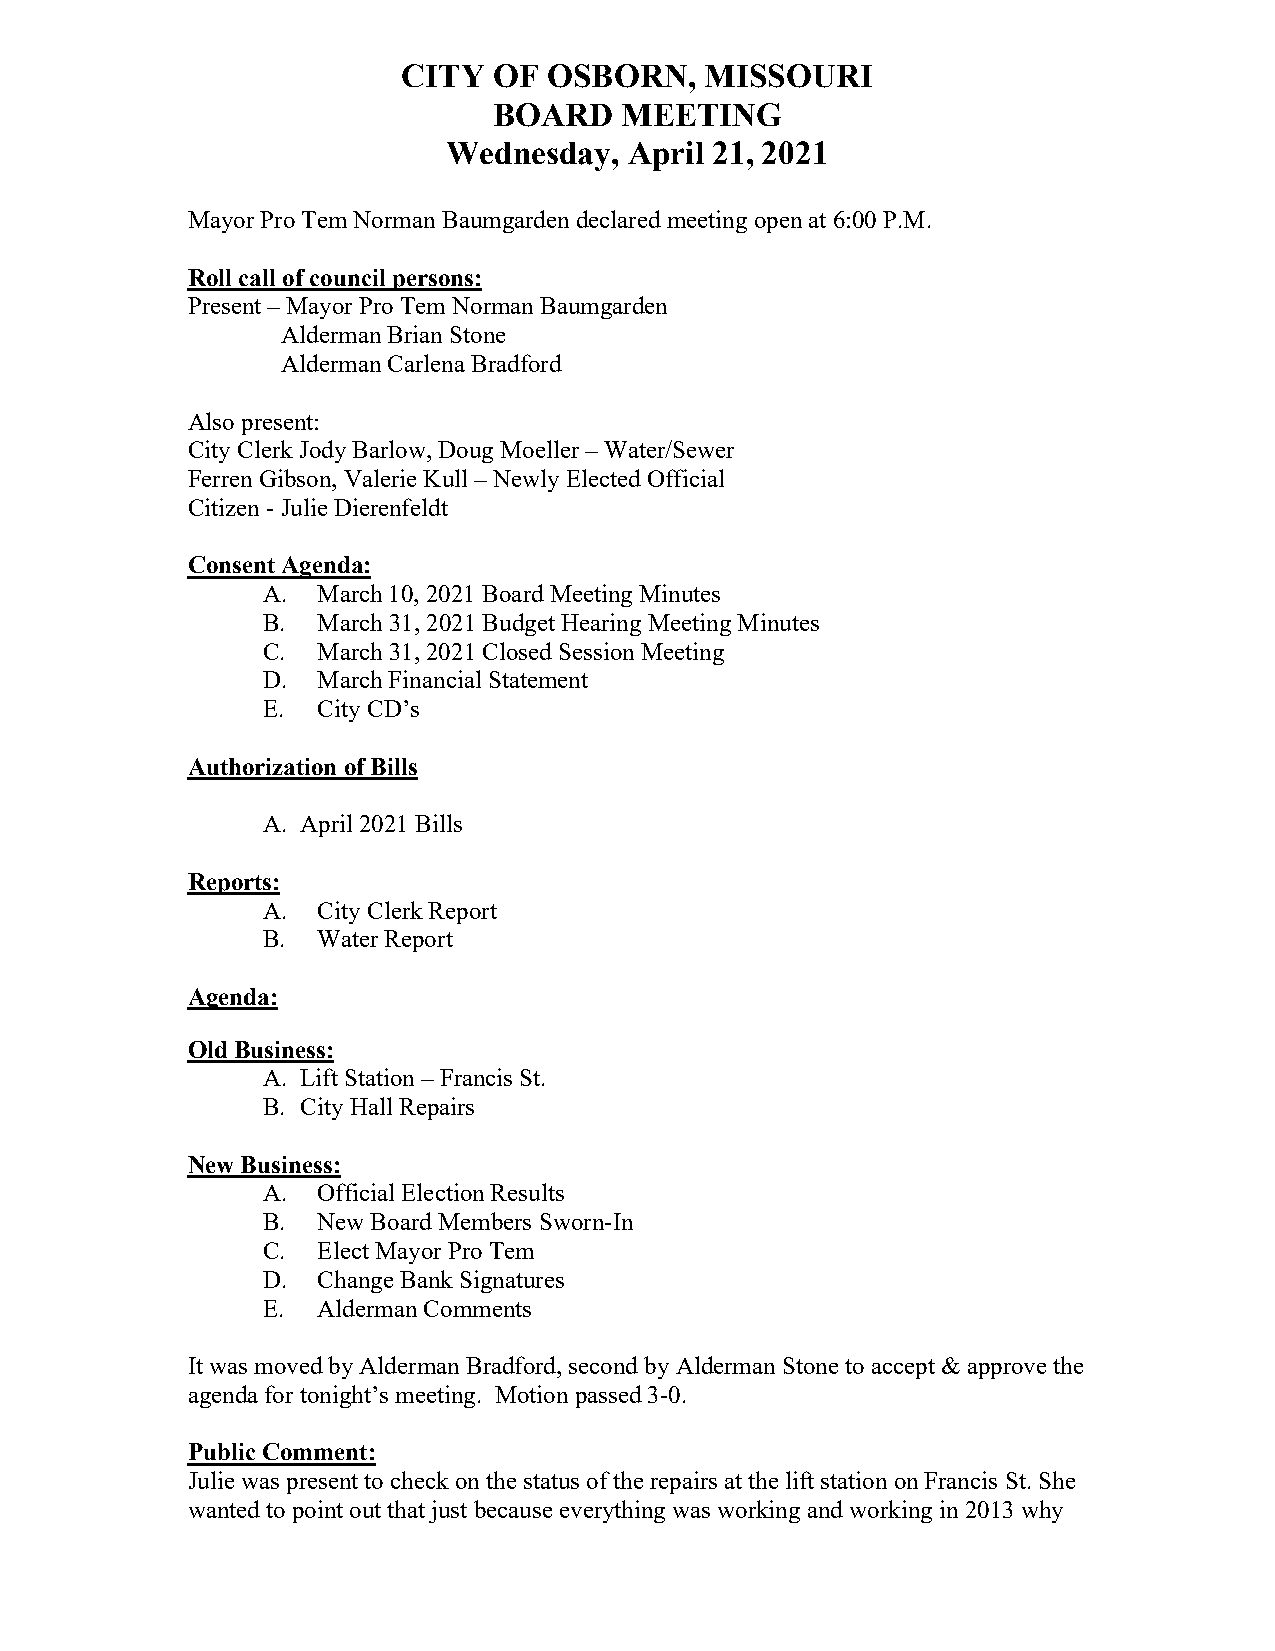
CITY  OF OSBORN,    MISSOURI
 BOARD   MEETING
 Wednesday,  April 21, 2021
 Mayor Pro Tem Norman Baumgarden declared meeting open at 6:00 P.M.
 Roll call of council persons:
 Present – Mayor Pro Tem Norman Baumgarden
 Alderman Brian Stone
 Alderman Carlena Bradford
 Also present:
 City Clerk Jody Barlow, Doug Moeller – Water/Sewer
 Ferren Gibson, Valerie Kull – Newly Elected Official
 Citizen - Julie Dierenfeldt
 Consent Agenda:
 A.  March 10, 2021 Board Meeting Minutes
 B.  March 31, 2021 Budget Hearing Meeting Minutes
 C.  March 31, 2021 Closed Session Meeting
 D.  March Financial Statement
 E.  City CD’s
 Authorization of Bills
 A. April 2021 Bills
 Reports:
 A.  City Clerk Report
 B.  Water Report
 Agenda:
 Old Business:
 A. Lift Station – Francis St.
 B. City Hall Repairs
 New Business:
 A.  Official Election Results
 B.  New Board Members Sworn-In
 C.  Elect Mayor Pro Tem
 D.  Change Bank Signatures
 E.  Alderman Comments
 It was moved by Alderman Bradford, second by Alderman Stone to accept & approve the
 agenda for tonight’s meeting. Motion passed 3-0.
 Public Comment:
 Julie was present to check on the status of the repairs at the lift station on Francis St. She
 wanted to point out that just because everything was working and working in 2013 why